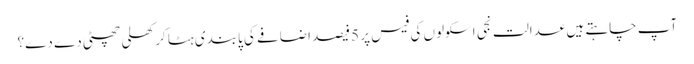
آپ چاہتے ہیں عدالت نجی اسکولوں کی فیس پر 5فیصد اضافے کی پابندی ہٹا کر کھلی چھٹی دے دے؟